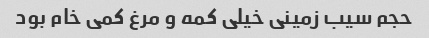
حجم سیب زمینی خیلی کمه و مرغ کمی خام بود